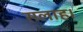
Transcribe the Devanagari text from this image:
सलाह।